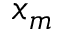
x _ { m }